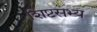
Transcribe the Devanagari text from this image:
शिष्टसभ्य